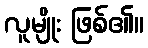
လူမျိုး ဖြစ်၏။